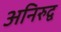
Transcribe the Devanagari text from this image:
अनिरुद्व